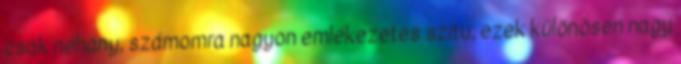
csak néhány, számomra nagyon emlékezetes szitu, ezek különösen nagy